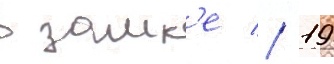
в замк'е // 19